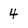
Character: 4